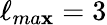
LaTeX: \ell_{ma\mathbf{x}}=3